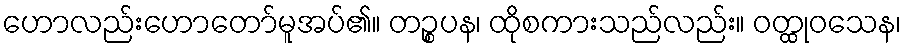
ဟောလည်းဟောတော်မူအပ်၏။ တဉ္စပန၊ ထိုစကားသည်လည်း။ ဝတ္ထုဝသေန၊